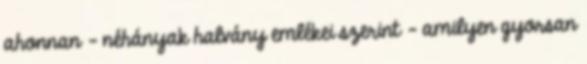
ahonnan – néhányak halvány emlékei szerint – amilyen gyorsan